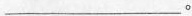
___。